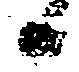
日